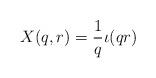
LaTeX: \begin{align*}X(q,r) = \frac 1q \iota(qr) \end{align*}